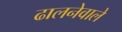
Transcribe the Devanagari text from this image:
ढालनेवाले